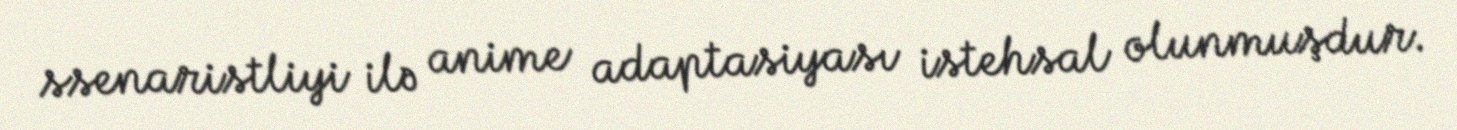
ssenaristliyi ilə anime adaptasiyası istehsal olunmuşdur.